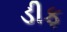
ડીફ